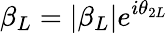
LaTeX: \beta_{L}=|\beta_{L}|e^{i\theta_{2L}}